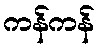
ကန်ကန်